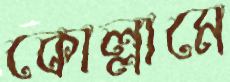
কোল্লামে